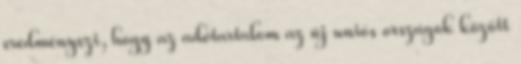
eredményezi, hogy az adótartalom az új uniós országok között